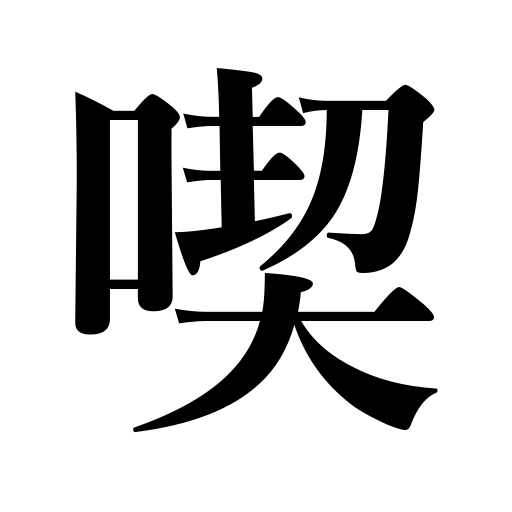
Meanings: receive a blow,drink,eat,smoke,etc.